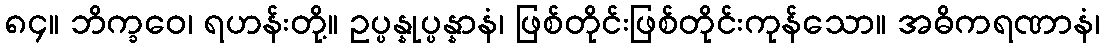
၈၄။ ဘိက္ခဝေ၊ ရဟန်းတို့။ ဥပ္ပန္နုပ္ပန္နာနံ၊ ဖြစ်တိုင်းဖြစ်တိုင်းကုန်သော။ အဓိကရဏာနံ၊